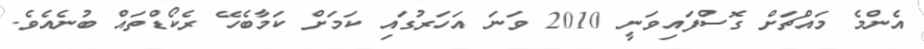
އެންމެ މައްޗަށް ގޮސްފައިވަނީ 2010 ވަނަ އަހަރުގައި ކަމަށް ކަމާބެހޭ ރެކޯޑްތައް ބުނެއެވެ.